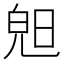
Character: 𣇙